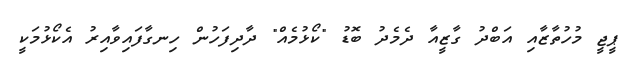
ޕީޖީ މުހުތާޒާއި އަބްދު ގާޒީއާ ދެމެދު ބޮޑު "ކޯޅުމެއް" ދާދިފަހުން ހިނގާފައިވާއިރު އެކޯޅުމަކީ